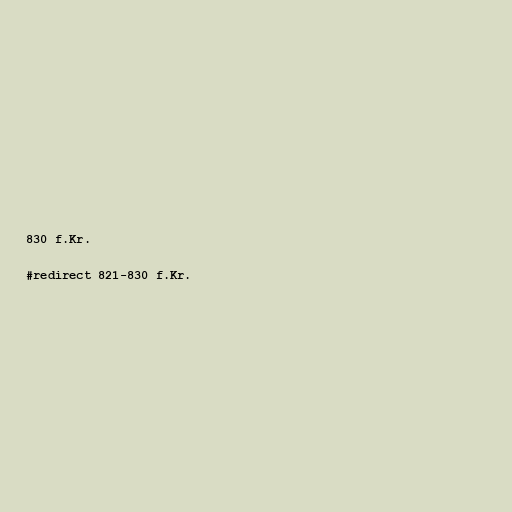
830 f.Kr.

#redirect 821-830 f.Kr.